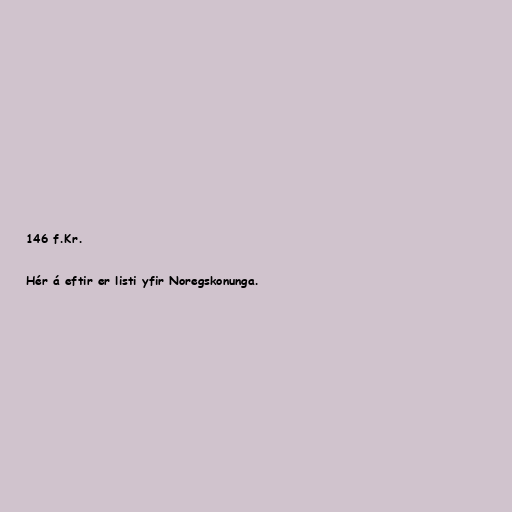
146 f.Kr.

Hér á eftir er listi yfir Noregskonunga.